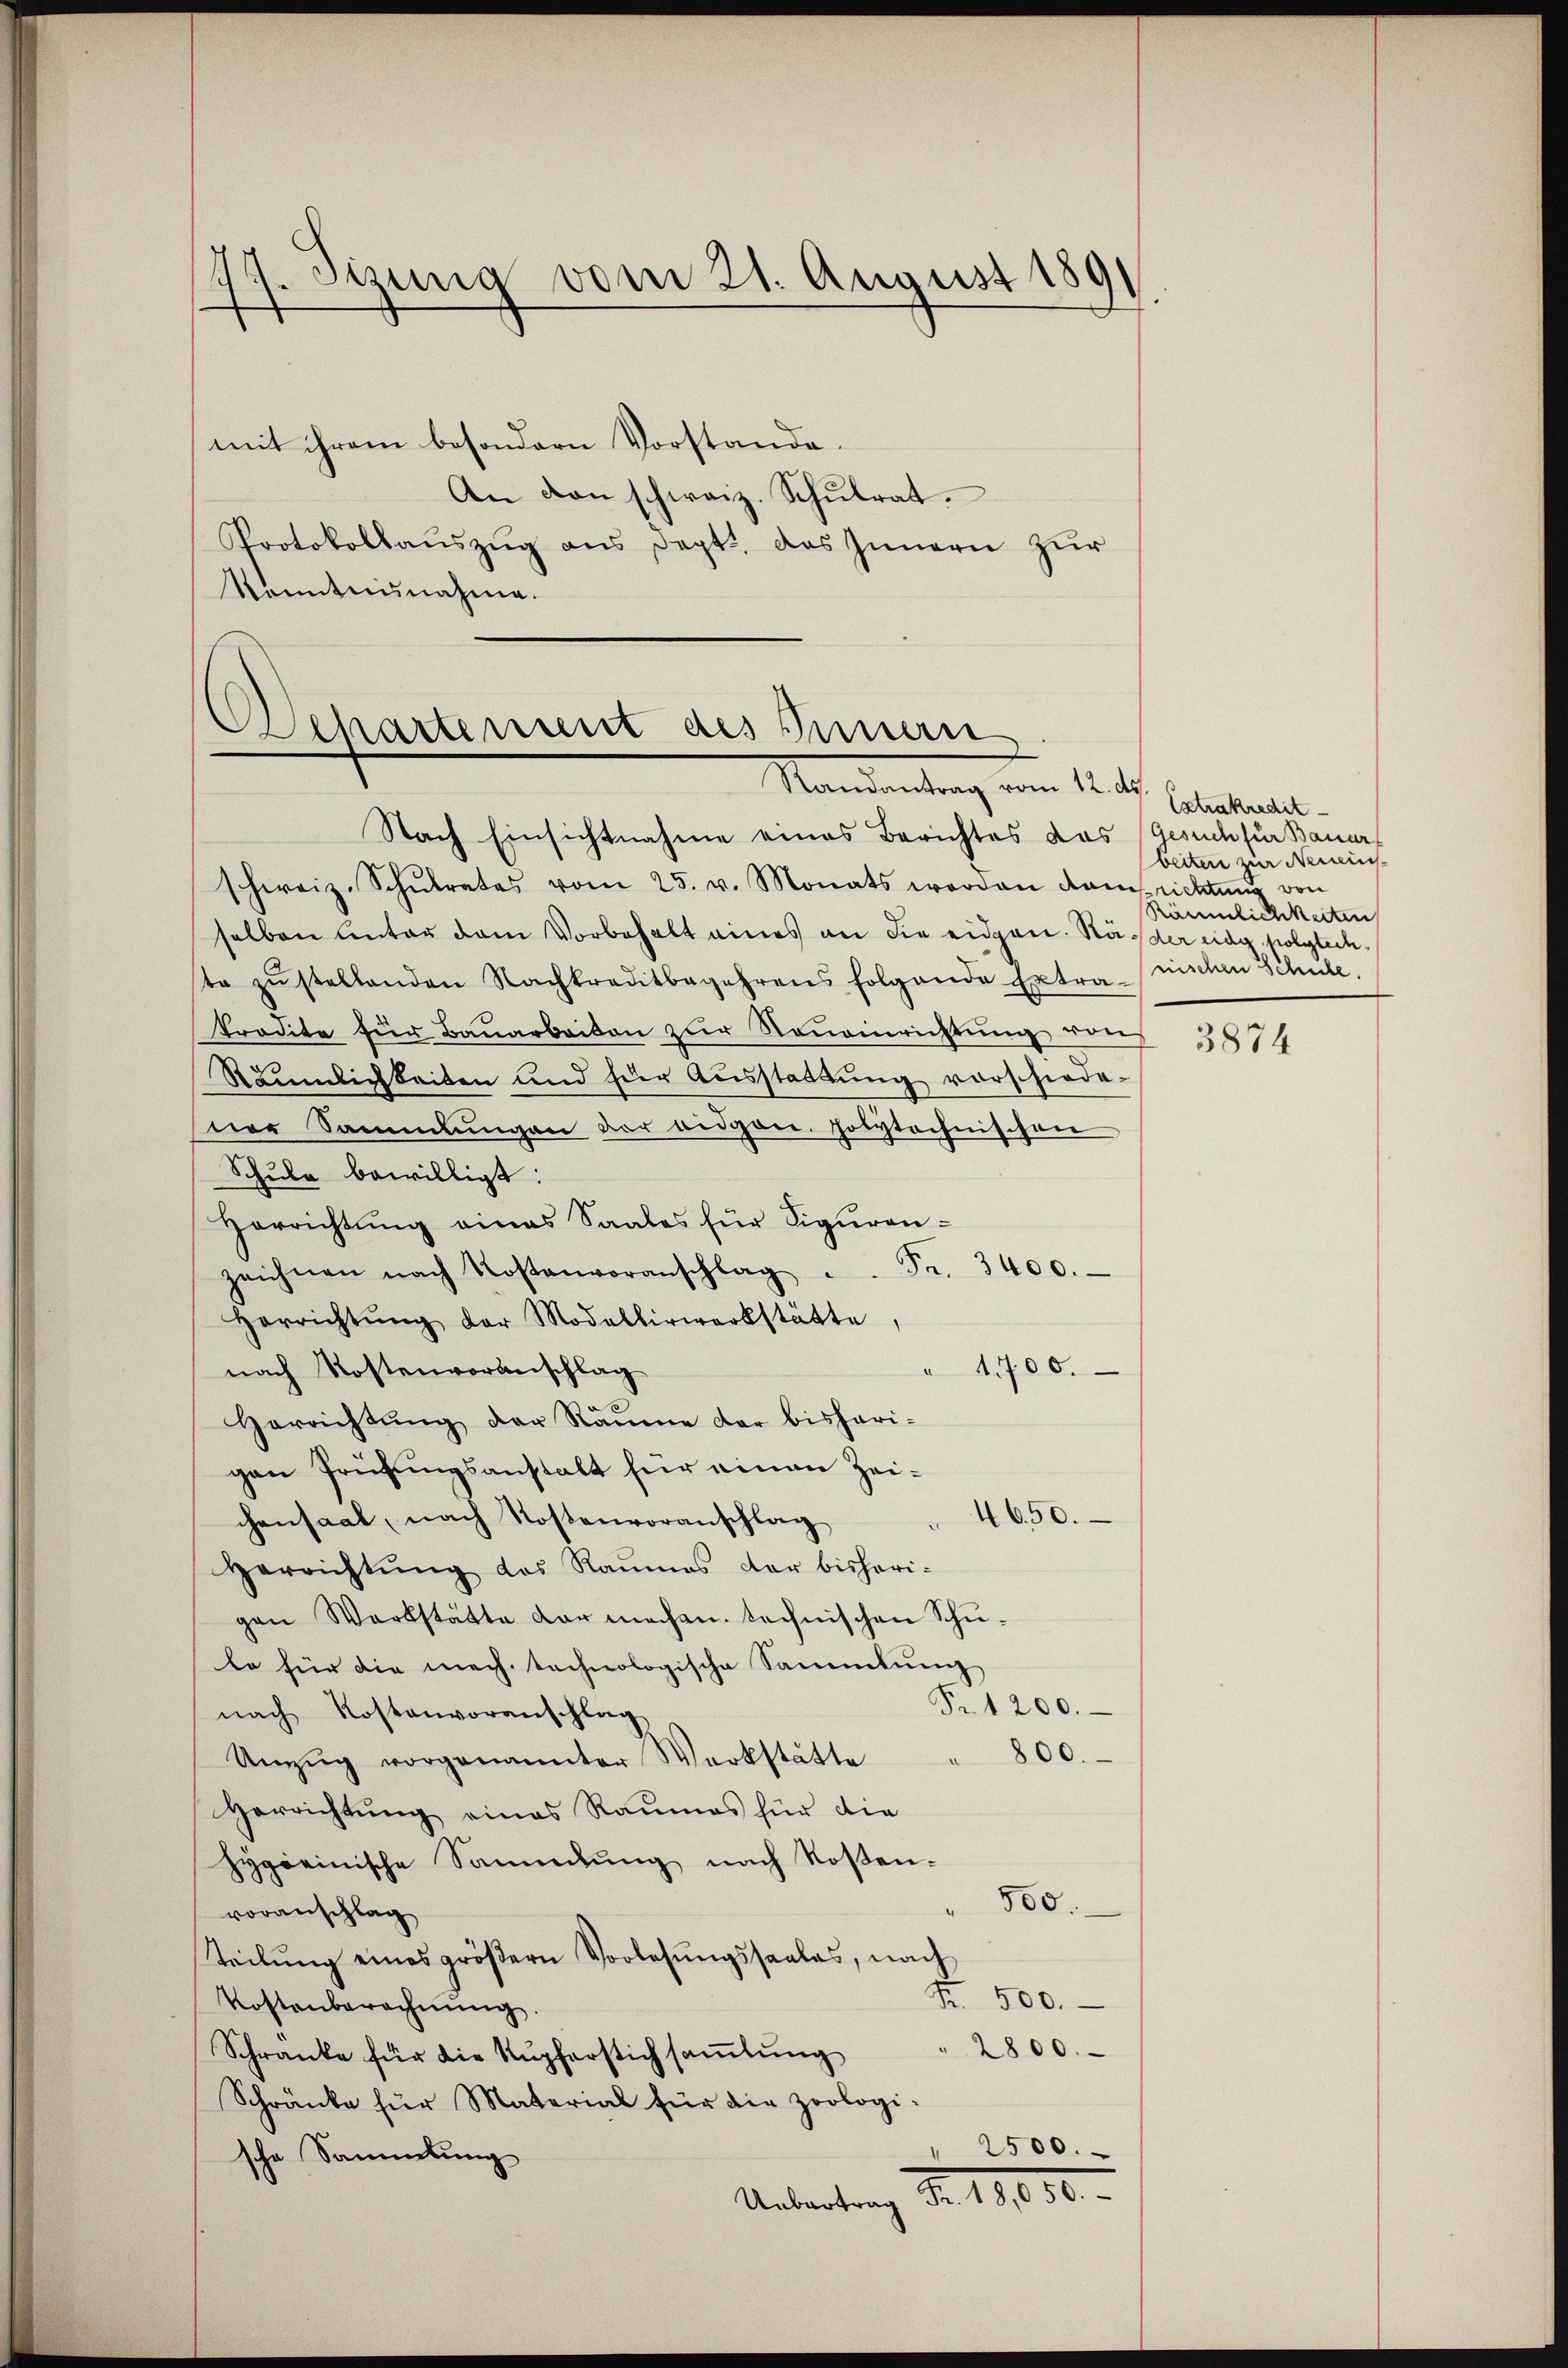
77. Sizung vom 21. August 189

mit ihrem besondern Vorstande.
An den schweiz. Schŭlrat.
Protokollaŭszŭg ans Sept. das Innern zŭr
Kenntnisnahme.

Departement des Innern
Mandantung vom 12. d.

Nach Einsichtnahme eines Berichtes das Gesuch für Bauar
schweiz. Schŭlrates vom 25. v. Monats worden kam richtŭng von
selben unter dem Vorbehalt eines an die eidgen. Häder eidg polytechte zŭstellenden Nachkreditbegehrens folgende Extra-nischen Schule,
Prödite für Bauarbeiten zur Neueinrichtung von
Räumlichkeiten und für Aŭsstattŭng vorschiede-
ner Sammlungen der bidgen. Polytechnischen
Schule bewilligt:
Verrichtung eines Saales für Siguran¬
Fr. 3400.
zeichnen nach Kostenvoranschlag
Herrichtŭng der Modalberwerkstätte,
nach Kostenvoranschlag
" 1700.
Herrichtŭng der Räume der bisheri-
gen Prüfungsanstalt für einen Zei¬
4650.
chensaal, nach Kostenvoranschlag
Herrichtŭng des Raumes dar bisheri-
gen Werkstätte dar machen technischen Schulo für die mech. technologische Sammlung
Sit 200.
nach Kostenvoranschlag
800.
Umzŭg vorgenannter Werkstätte
Herrichtung eines Raumes für die
Hygieinische Sammlung nach Rosen-
500.
voranschlag
teilung eines größern Vorlesungssaales, nach
Fr. 500.
Kostenberechnŭng.
2800.
Schranke für die Kupferstichsamlung
Schränke für Material für die zoologi-
" 2500.
sche Sammlung
Untertrag Fr. 11,000.

Extrakredit.
beiten zur Neuins-
Räumlichkeiten

3874